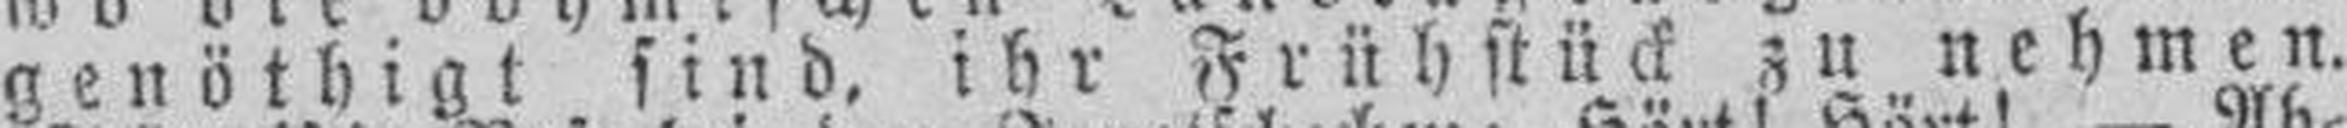
genöthigt sind ihr Frühstück zu nehmen.